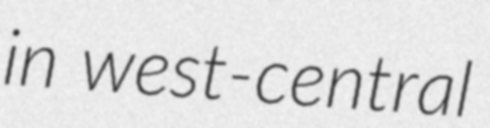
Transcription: in west-central